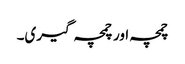
چمچہ اور چمچہ گیری۔